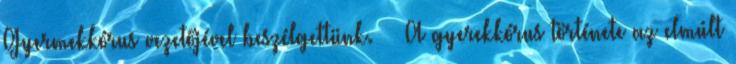
Gyermekkórus vezetőjével beszélgettünk. ·· A gyerekkórus története az elmúlt